system: You are a helpful assistant.
user:
Analyze the provided spectrum to determine if it is a **"Cataclysmic Variables (CV)"**.

- **Key Indicators for CV (Check for either state):**
    - **State 1: Quiescent / Low-State (Emission-Dominated)**
        - **(Primary):** Strong and *very broad* Hydrogen Balmer emission lines (e.g., $H\alpha$ at 6563 Å, $H\beta$ at 4861 Å). The 'broadness' (high velocity dispersion, often FWHM > 1000 km/s) is the key diagnostic, indicating a high-velocity accretion disk.
        - **(Secondary):** Broad neutral Helium (He I) emission lines (e.g., 5876 Å, 6678 Å).
        - **(Key Confirmation):** Presence of high-excitation *ionized* Helium (He II) emission at 4686 Å. This is a strong indicator of accretion onto a white dwarf.
        - **(Line Profile):** Emission lines may exhibit a 'double-peaked' profile, which is a classic signature of a rotating accretion disk viewed at high inclination.

    - **State 2: Outburst / High-State (Absorption-Dominated)**
        - **(Primary):** Spectrum is dominated by a bright, blue continuum (looks like a hot star).
        - **(Secondary):** The emission lines from State 1 are weak, absent, or 'filled in', and are replaced by broad, shallow *absorption* lines (primarily Balmer and He I).
        - **(Morphology):** The overall spectrum mimics a hot B/A-type star. The crucial difference is that the absorption lines are significantly broader, shallower, and more 'washed-out' (or 'smeared') than the sharp lines of a normal stellar photosphere, due to high rotational speeds and pressure broadening in the disk.

Think first, call **spectral_visualization_tool** if needed to examine features in detail, then provide your final answer. Your response must adhere to the following strict rules:
1.  **Overall Structure:** Your response must follow the format `<think>...</think> <tool_call>...</tool_call> (if a tool is used) <answer>...</answer>`.
2.  **Tool Usage Constraint:** You may only make **one** tool call per turn.
3.  **Final Answer Format:** In the `<answer>` tag, your conclusion must be inside a `\boxed{}` command (e.g., `\boxed{YES}`), followed by your justification.

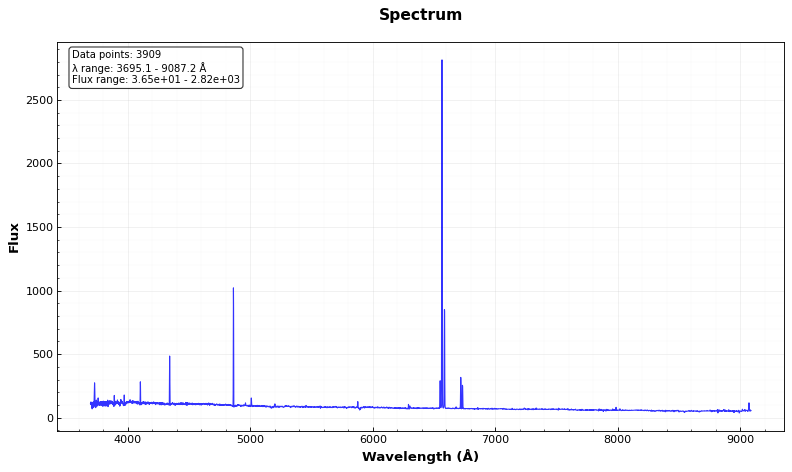
Answer: NO